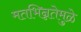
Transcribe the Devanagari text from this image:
मतभिन्नतेमुळे